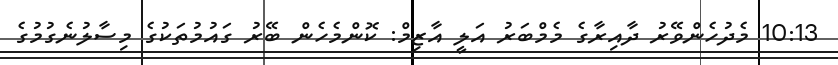
10:13 މެދުހެންވޭރު ދާއިރާގެ މެމްބަރު އަލީ އާޒިމް: ކޮންމެހެން ބޭރު ގައުމުތަކުގެ މިސާލުނެގުމުގެ